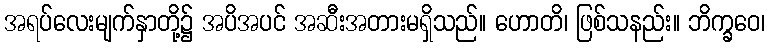
အရပ်လေးမျက်နှာတို့၌ အပိအပင် အဆီးအတားမရှိသည်။ ဟောတိ၊ ဖြစ်သနည်း။ ဘိက္ခဝေ၊